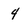
Character: 4